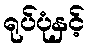
ရုပ်ပုံနှင့်